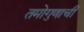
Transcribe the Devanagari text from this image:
तमोगुणाची